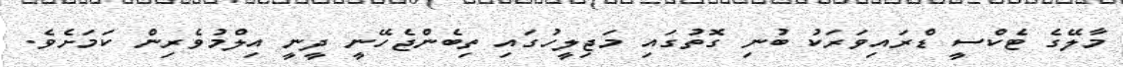
މާލޭގެ ޓެކްސީ ޑްރައިވަރަކު ބުނި ގޮތުގައި މަޖިލީހުގައި ތިބެންޖެހޭނީ ދީނީ އިލްމުވެރިން ކަމަށެވެ.